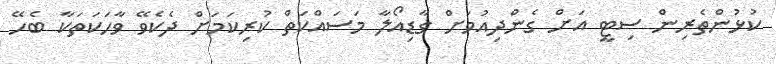
ކުޅުންތެރިން ސިޓީ އަށް ގެންދިއުމަށް ގާޑިއޯލާ މަސައްކަތް ކުރިކަމަށް ދެކެވޭ ވާހަކަތަކާ ބެހޭ